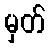
မှတ်